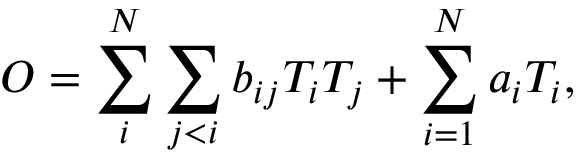
O = \sum _ { i } ^ { N } \sum _ { j < i } b _ { i j } T _ { i } T _ { j } + \sum _ { i = 1 } ^ { N } a _ { i } T _ { i } ,